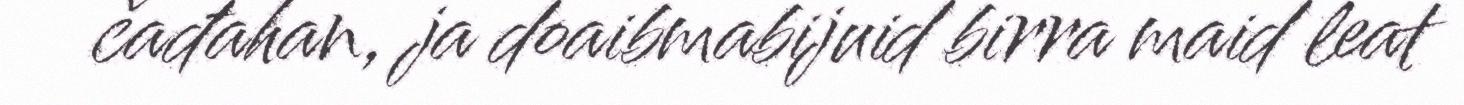
čađahan, ja doaibmabijuid birra maid leat